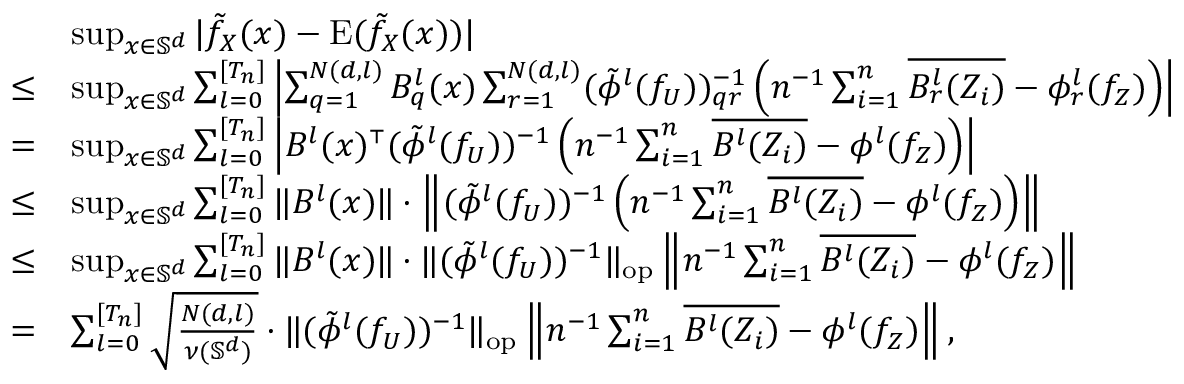
\begin{array} { r l } & { \operatorname* { s u p } _ { x \in \mathbb { S } ^ { d } } | \tilde { f } _ { X } ( x ) - \mathrm { E } ( \tilde { f } _ { X } ( x ) ) | } \\ { \leq } & { \operatorname* { s u p } _ { x \in \mathbb { S } ^ { d } } \sum _ { l = 0 } ^ { [ T _ { n } ] } \left| \sum _ { q = 1 } ^ { N ( d , l ) } B _ { q } ^ { l } ( x ) \sum _ { r = 1 } ^ { N ( d , l ) } ( \tilde { \phi } ^ { l } ( f _ { U } ) ) _ { q r } ^ { - 1 } \left( n ^ { - 1 } \sum _ { i = 1 } ^ { n } \overline { { B _ { r } ^ { l } ( Z _ { i } ) } } - \phi _ { r } ^ { l } ( f _ { Z } ) \right) \right| } \\ { = } & { \operatorname* { s u p } _ { x \in \mathbb { S } ^ { d } } \sum _ { l = 0 } ^ { [ T _ { n } ] } \left| B ^ { l } ( x ) ^ { \mathstrut \scriptscriptstyle { \top } } ( \tilde { \phi } ^ { l } ( f _ { U } ) ) ^ { - 1 } \left( n ^ { - 1 } \sum _ { i = 1 } ^ { n } \overline { { B ^ { l } ( Z _ { i } ) } } - \phi ^ { l } ( f _ { Z } ) \right) \right| } \\ { \leq } & { \operatorname* { s u p } _ { x \in \mathbb { S } ^ { d } } \sum _ { l = 0 } ^ { [ T _ { n } ] } \| B ^ { l } ( x ) \| \cdot \left\| ( \tilde { \phi } ^ { l } ( f _ { U } ) ) ^ { - 1 } \left( n ^ { - 1 } \sum _ { i = 1 } ^ { n } \overline { { B ^ { l } ( Z _ { i } ) } } - \phi ^ { l } ( f _ { Z } ) \right) \right\| } \\ { \leq } & { \operatorname* { s u p } _ { x \in \mathbb { S } ^ { d } } \sum _ { l = 0 } ^ { [ T _ { n } ] } \| B ^ { l } ( x ) \| \cdot \| ( \tilde { \phi } ^ { l } ( f _ { U } ) ) ^ { - 1 } \| _ { \mathrm { o p } } \left\| n ^ { - 1 } \sum _ { i = 1 } ^ { n } \overline { { B ^ { l } ( Z _ { i } ) } } - \phi ^ { l } ( f _ { Z } ) \right\| } \\ { = } & { \sum _ { l = 0 } ^ { [ T _ { n } ] } \sqrt { \frac { N ( d , l ) } { \nu ( \mathbb { S } ^ { d } ) } } \cdot \| ( \tilde { \phi } ^ { l } ( f _ { U } ) ) ^ { - 1 } \| _ { \mathrm { { o p } } } \left\| n ^ { - 1 } \sum _ { i = 1 } ^ { n } \overline { { B ^ { l } ( Z _ { i } ) } } - \phi ^ { l } ( f _ { Z } ) \right\| , } \end{array}